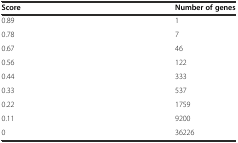
<table><thead><tr><td><b>Score</b></td><td><b>Number of genes</b></td></tr></thead><tbody><tr><td>0.89</td><td>1</td></tr><tr><td>0.78</td><td>7</td></tr><tr><td>0.67</td><td>46</td></tr><tr><td>0.56</td><td>122</td></tr><tr><td>0.44</td><td>333</td></tr><tr><td>0.33</td><td>537</td></tr><tr><td>0.22</td><td>1759</td></tr><tr><td>0.11</td><td>9200</td></tr><tr><td>0</td><td>36226</td></tr></tbody></table>